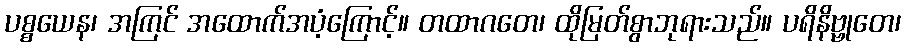
ပစ္စယေန၊ အကြင် အထောက်အပံ့ကြောင့်။ တထာဂတေ၊ ထိုမြတ်စွာဘုရားသည်။ ပရိနိဗ္ဗုတေ၊